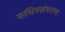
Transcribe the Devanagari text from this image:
रुधिरसंभरण